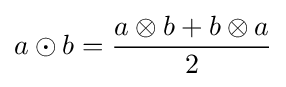
a\odot b={\frac {a\otimes b+b\otimes a}{2}}